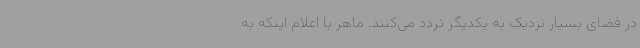
در فضای بسیار نزدیک به یکدیگر تردد می‌کنند. ماهر با اعلام اینکه به